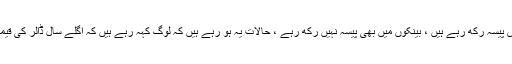
انہوں نے کہا کہ لوگ کیش پیسہ رکھ رہے ہیں ، بینکوں میں بھی پیسہ نہیں رکھ رہے ، حالات یہ ہو رہے ہیں کہ لوگ کہہ رہے ہیں کہ اگلے سال ڈالر کی قیمت 250روپے ہوجائیگی ۔